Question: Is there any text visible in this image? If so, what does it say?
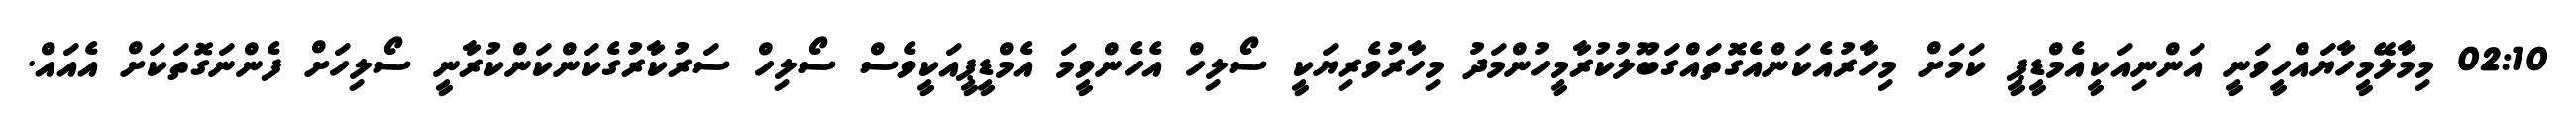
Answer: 02:10 މިމާލޭމީހާޔައްހީވަނީ އަންނިއަކީއެމްޑީޕީ ކަމަށް މިހާރުއެކަންއެގޮތައްގަބޫލުކުރާމީހުންމަދު މިހާރުވެރިޔަކީ ސޯލިހް އެހެންވީމަ އެމްޑީޕީއަކީވެސް ސޯލިހް ސަރުކާރުގެކަންކަންކުރާނީ ސޯލިހަށް ފެންނަގޮތަކަށް އެއައް.